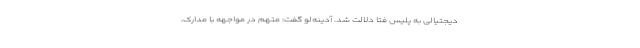
دیجتیالی به پلیس فتا دلالت شد. آدینه‌لو گفت: متهم در مواجهه با مدارک،